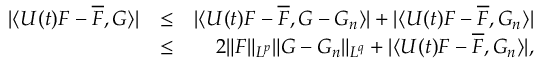
\begin{array} { r l r } { | \langle U ( t ) F - \overline { { F } } , G \rangle | } & { \leq } & { | \langle U ( t ) F - \overline { { F } } , G - G _ { n } \rangle | + | \langle U ( t ) F - \overline { { F } } , G _ { n } \rangle | } \\ & { \leq } & { 2 \| F \| _ { L ^ { p } } \| G - G _ { n } \| _ { L ^ { q } } + | \langle U ( t ) F - \overline { { F } } , G _ { n } \rangle | , } \end{array}